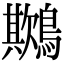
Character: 𪅾